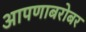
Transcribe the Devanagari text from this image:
आपणाबरोबर